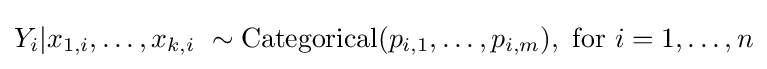
Y_{i}|x_{1,i},\ldots ,x_{k,i}\ \sim \operatorname {Categorical} (p_{i,1},\ldots ,p_{i,m}),{\text{ for }}i=1,\dots ,n